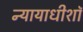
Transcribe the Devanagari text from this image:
न्यायाधीशॉ